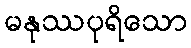
မနုဿပုရိသော